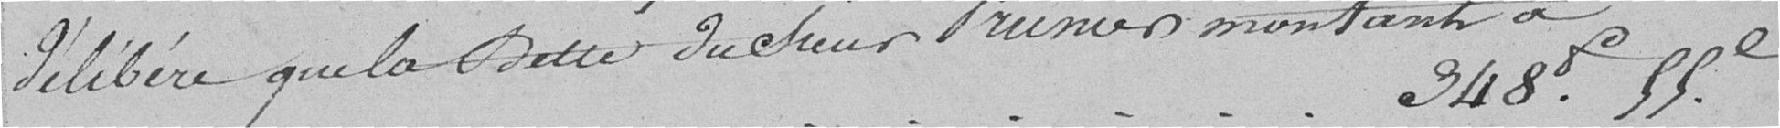
délibère que la dette du Sieur Frunier montant à 348. f. 55c